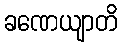
ခဏေယျာတိ